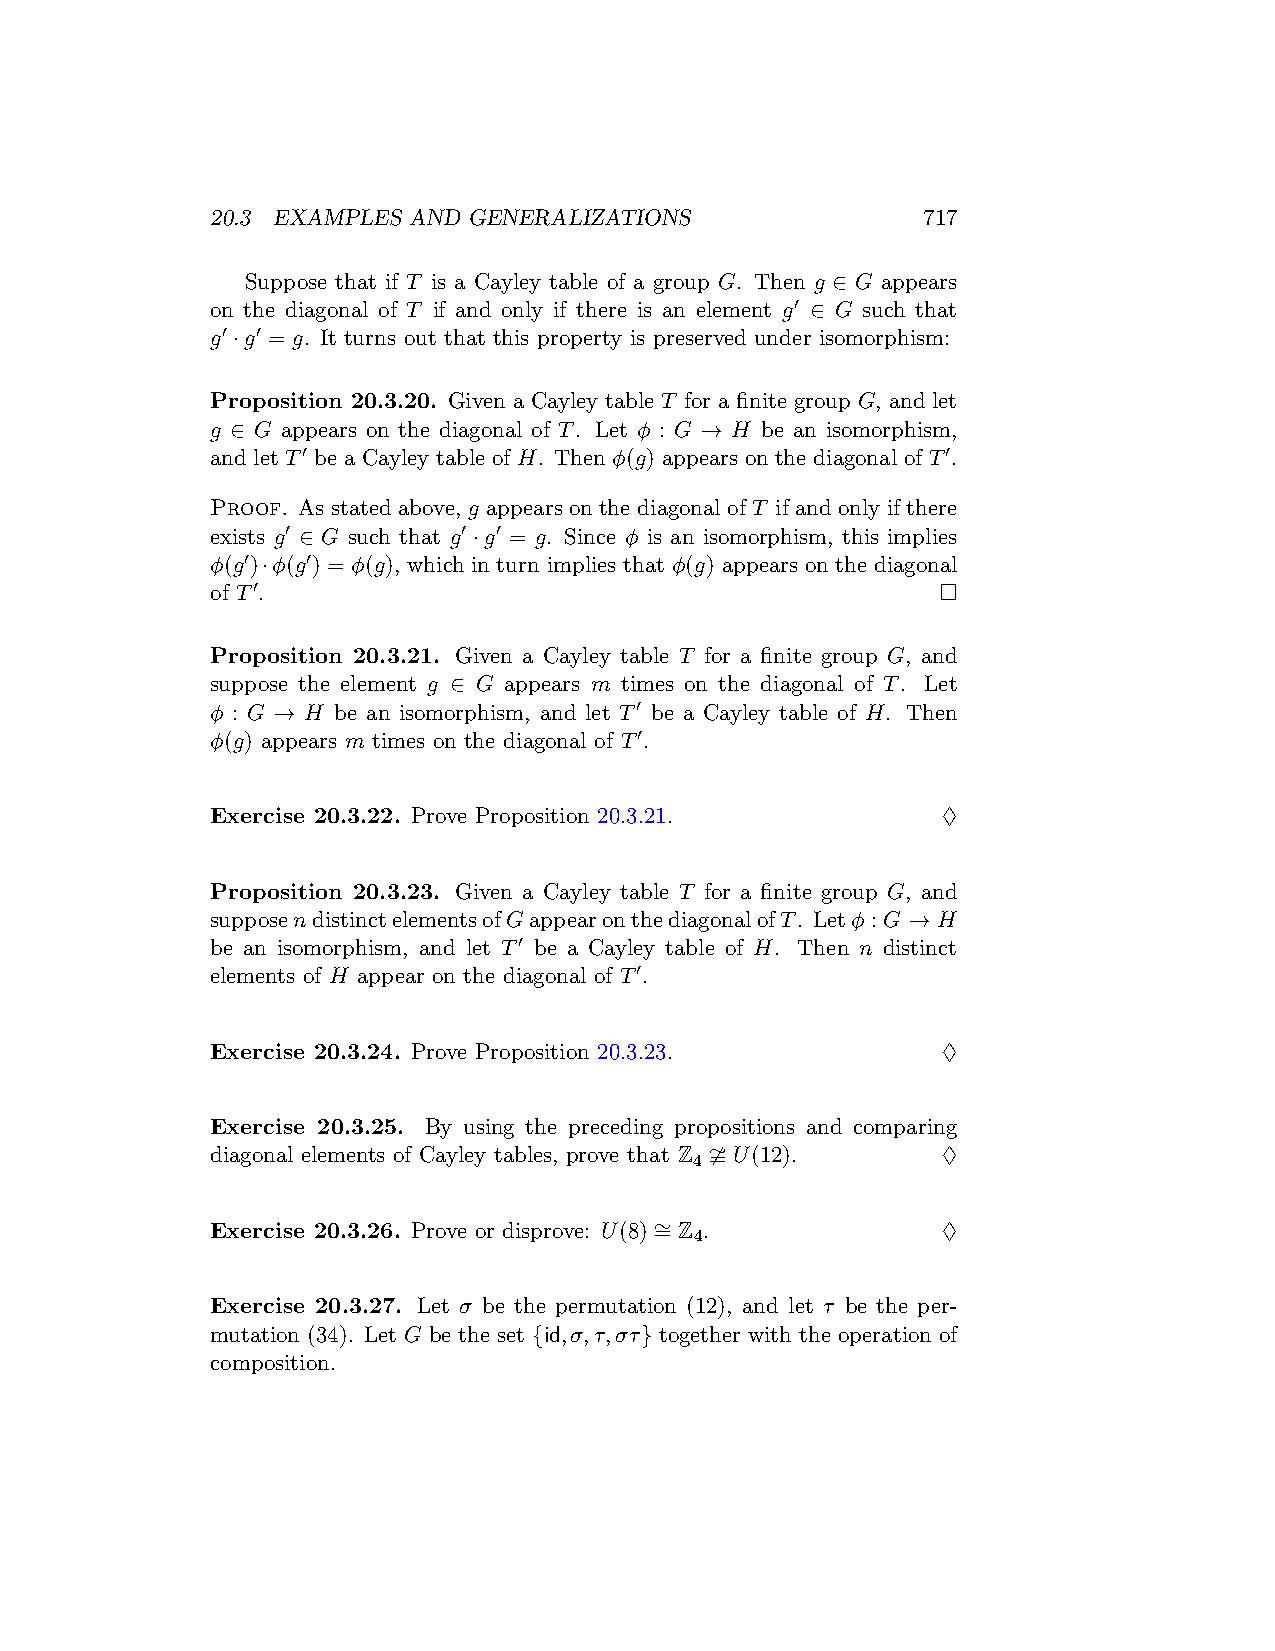
20.3 EXAMPLES AND GENERALIZATIONS              717
 Suppose that if T is a Cayley table of a group G. Then g ∈ G appears
 on the diagonal of T if and only if there is an element g′ ∈ G such that
 g′·g′ = g. It turns out that this property is preserved under isomorphism:
 Proposition 20.3.20. Given a Cayley table T for a finite group G, and let
 g ∈ G appears on the diagonal of T. Let ϕ : G → H be an isomorphism,
 and let T′ be a Cayley table of H. Then ϕ(g) appears on the diagonal of T′.
 Proof. As stated above, g appears on the diagonal of T if and only if there
 exists g′ ∈ G such that g′ ·g′ = g. Since ϕ is an isomorphism, this implies
 ϕ(g′)·ϕ(g′) = ϕ(g), which in turn implies that ϕ(g) appears on the diagonal
 of T′.                                          □
 Proposition 20.3.21. Given a Cayley table T for a finite group G, and
 suppose the element g ∈ G appears m times on the diagonal of T. Let
 ϕ : G → H be an isomorphism, and let T′ be a Cayley table of H. Then
 ϕ(g) appears m times on the diagonal of T′.
 Exercise 20.3.22. Prove Proposition 20.3.21.    ♢
 Proposition 20.3.23. Given a Cayley table T for a finite group G, and
 supposendistinctelementsofGappearonthediagonalofT. Letϕ : G → H
 be an isomorphism, and let T′ be a Cayley table of H. Then n distinct
 elements of H appear on the diagonal of T′.
 Exercise 20.3.24. Prove Proposition 20.3.23.    ♢
 Exercise 20.3.25. By using the preceding propositions and comparing
 diagonal elements of Cayley tables, prove that Z ≇ U(12). ♢
 4
 Exercise 20.3.26. Prove or disprove: U(8) ∼ = Z . ♢
 4
 Exercise 20.3.27. Let σ be the permutation (12), and let τ be the per-
 mutation (34). Let G be the set {id,σ,τ,στ} together with the operation of
 composition.